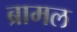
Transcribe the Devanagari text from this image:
ब्रामल